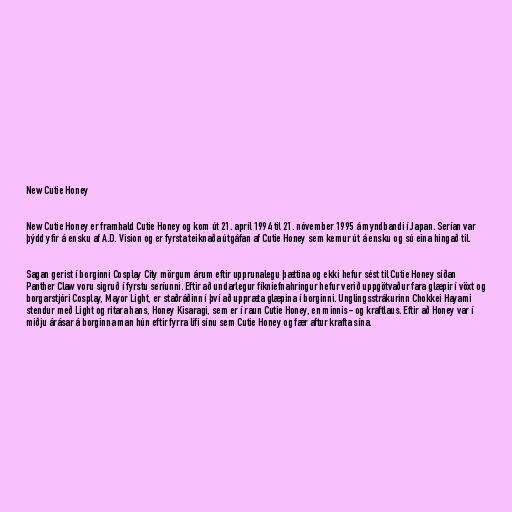
New Cutie Honey

New Cutie Honey er framhald Cutie Honey og kom út 21. apríl 1994 til 21. nóvember 1995 á myndbandi í Japan. Serían var
þýdd yfir á ensku af A.D. Vision og er fyrsta teiknaða útgáfan af Cutie Honey sem kemur út á ensku og sú eina hingað til.

Sagan gerist í borginni Cosplay City mörgum árum eftir upprunalegu þættina og ekki hefur sést til Cutie Honey síðan
Panther Claw voru sigruð í fyrstu seríunni. Eftir að undarlegur fíkniefnahringur hefur verið uppgötvaður fara glæpir í vöxt og
borgarstjóri Cosplay, Mayor Light, er staðráðinn í því að uppræta glæpina í borginni. Unglingsstrákurinn Chokkei Hayami
stendur með Light og ritara hans, Honey Kisaragi, sem er í raun Cutie Honey, en minnis- og kraftlaus. Eftir að Honey var í
miðju árásar á borginna man hún eftir fyrra lífi sínu sem Cutie Honey og fær aftur krafta sína.